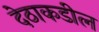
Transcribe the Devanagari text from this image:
देठाकडील